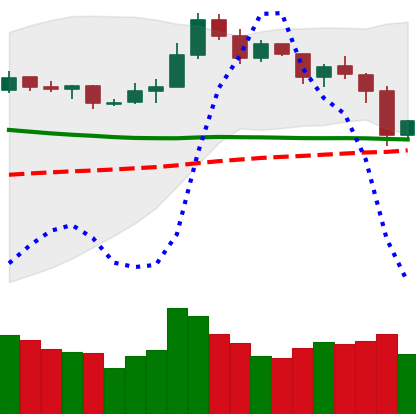
Ticker: NEO-USD
Chart end date: 2019-11-23
Forward return: -8.068%
Label: down_7plus